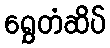
ရွှေတံဆိပ်